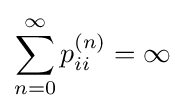
\sum _{n=0}^{\infty }p_{ii}^{(n)}=\infty